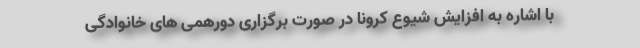
با اشاره به افزایش شیوع کرونا در صورت برگزاری دورهمی های خانوادگی